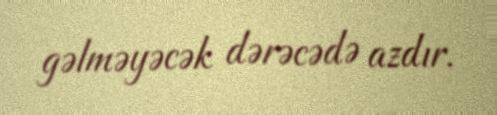
gəlməyəcək dərəcədə azdır.